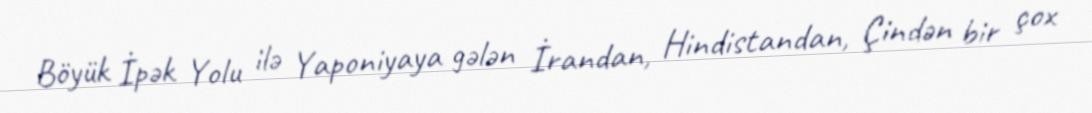
Böyük İpək Yolu ilə Yaponiyaya gələn İrandan, Hindistandan, Çindən bir çox